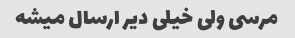
مرسی ولی خیلی دیر ارسال میشه